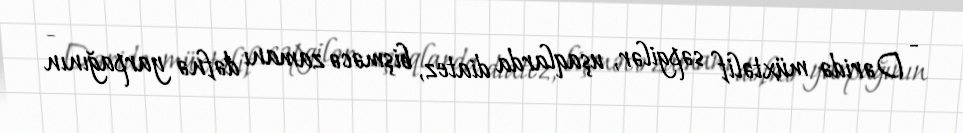
- Dəridə müxtəlif səpgilər, uşaqlarda diatez, bişməcə zamanı dəfnə yarpağının